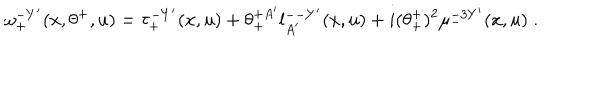
\omega _ { + } ^ { - Y ^ { \prime } } ( x , \theta ^ { + } , u ) = \tau _ { + } ^ { - Y ^ { \prime } } ( x , u ) + \theta _ { + } ^ { + A ^ { \prime } } l _ { A ^ { \prime } } ^ { -- Y ^ { \prime } } ( x , u ) + i ( \theta _ { + } ^ { + } ) ^ { 2 } \mu _ { - } ^ { - 3 Y ^ { \prime } } ( x , u ) \; .